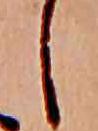
し